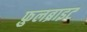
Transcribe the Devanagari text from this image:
फ़ुलब्राइट